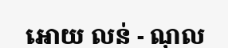
អោយ លន់ - ណុល